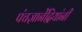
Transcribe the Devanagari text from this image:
पंचज्ञानेंद्रियांनी